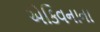
એકિવનાના